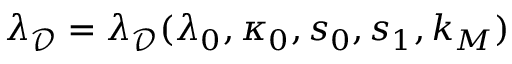
\lambda _ { \mathcal { D } } = \lambda _ { \mathcal { D } } ( \lambda _ { 0 } , \kappa _ { 0 } , s _ { 0 } , s _ { 1 } , k _ { M } )